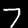
Digit: 7